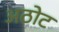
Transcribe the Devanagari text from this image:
अठोट